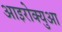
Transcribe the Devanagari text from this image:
आइरोक्युआ